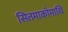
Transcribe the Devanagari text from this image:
सितमाकोमाथि